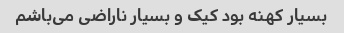
بسیار کهنه بود کیک و بسیار ناراضی می‌باشم